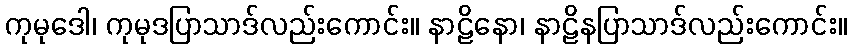
ကုမုဒေါ၊ ကုမုဒပြာသာဒ်လည်းကောင်း။ နာဠိနော၊ နာဠိနပြာသာဒ်လည်းကောင်း။